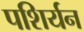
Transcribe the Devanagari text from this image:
पशिर्यन